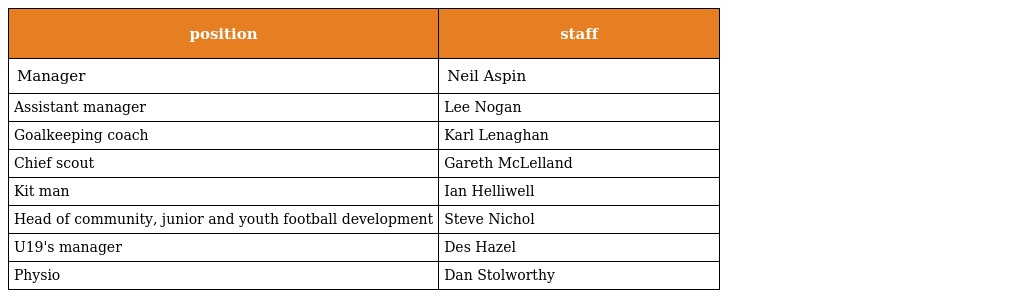
| position | staff |
 | --- | --- |
 | Manager | Neil Aspin |
 | Assistant manager | Lee Nogan |
 | Goalkeeping coach | Karl Lenaghan |
 | Chief scout | Gareth McLelland |
 | Kit man | Ian Helliwell |
 | Head of community, junior and youth football development | Steve Nichol |
 | U19's manager | Des Hazel |
 | Physio | Dan Stolworthy |